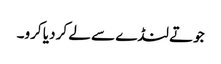
جوتے لنڈے سے لے کر دیا کرو۔